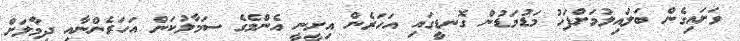
ވަށައިގެން ބަލައިލުމަށްފަހު މަޑުމަޑުން ގޮނޑީގައި އަހަރެން އިށީނީ އެންމެގެ ސަމާލުކަން އަހަރެންނާއި ދިމާލަށް